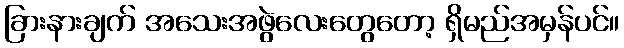
ခြားနားချက် အသေးအဖွဲလေးတွေတော့ ရှိမည်အမှန်ပင်။